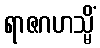
ရာဇဂဟသ္မိံ